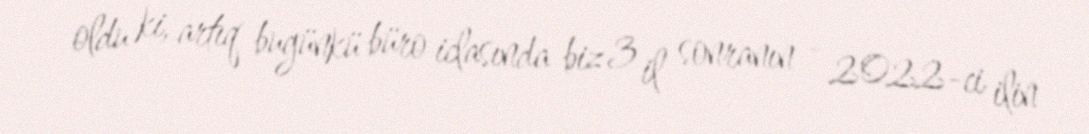
oldu ki, artıq bugünkü büro iclasında biz 3 il sonranın - 2022-ci ilin